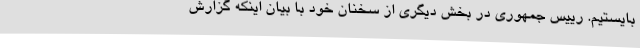
بایستیم. رییس جمهوری در بخش دیگری از سخنان خود با بیان اینکه گزارش